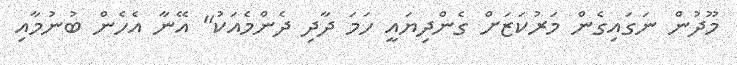
މޫދުން ނަގައިގެން މަރުކަޒަށް ގެންދިޔައީ ހަމަ ދާދި ދެންމެއަކު" އޭނާ އެހެން ބުނުމާއި